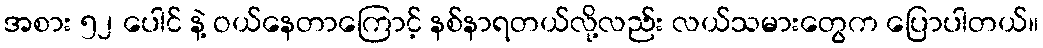
အစား ၅၂ ပေါင် နဲ့ ဝယ်နေတာကြောင့် နစ်နာရတယ်လို့လည်း လယ်သမားတွေက ပြောပါတယ်။